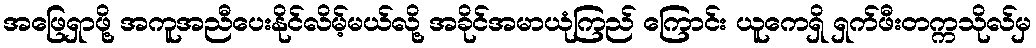
အဖြေရှာဖို့ အကူအညီပေးနိုင်လိမ့်မယ်လို့ အခိုင်အမာယုံကြည် ကြောင်း ယူကေရှိ ရှက်ဖီးတက္ကသိုလ်မှ